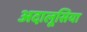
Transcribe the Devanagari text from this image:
अदालूसिया